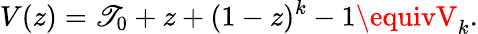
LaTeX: V(z)=\mathscr{T}_{0}+z+(1-z)^{k}-1\equivV_{k}.